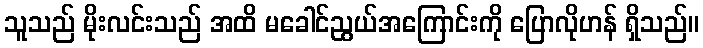
သူသည် မိုးလင်းသည် အထိ မခေါင်ညွယ်အကြောင်းကို ပြောလိုဟန် ရှိသည်။